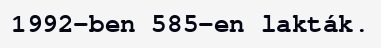
1992-ben 585-en lakták.